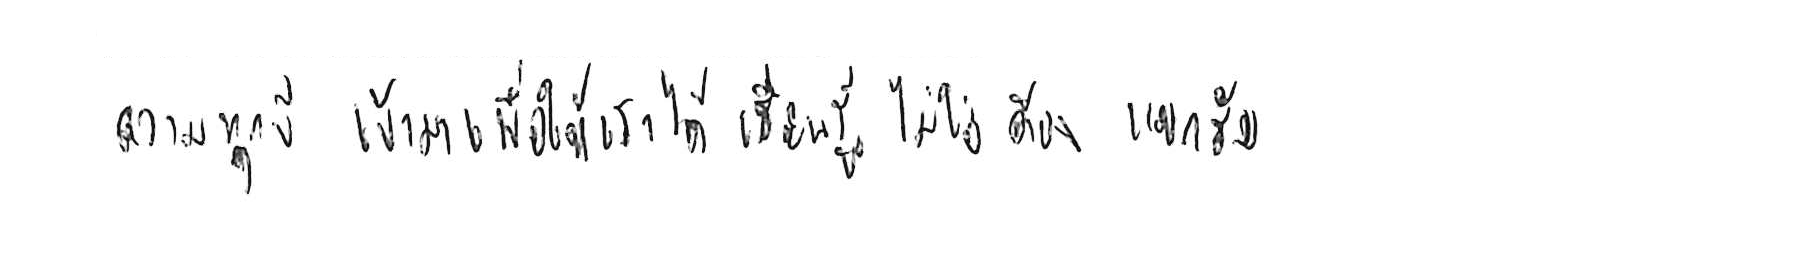
ความทุกข์ เข้ามาเพื่อให้เราได้ เรียนรู้ ไม่ใช่ต้อง แบกรับ